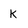
Character: K